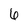
Character: 6